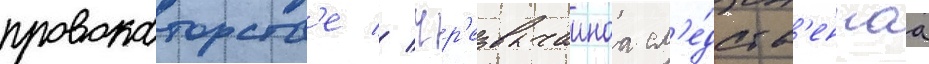
провокаторств'е // Чр'езвычаинаа сл'е́дств'еннаа